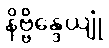
နိဗ္ဗိန္ဒေယျုံ